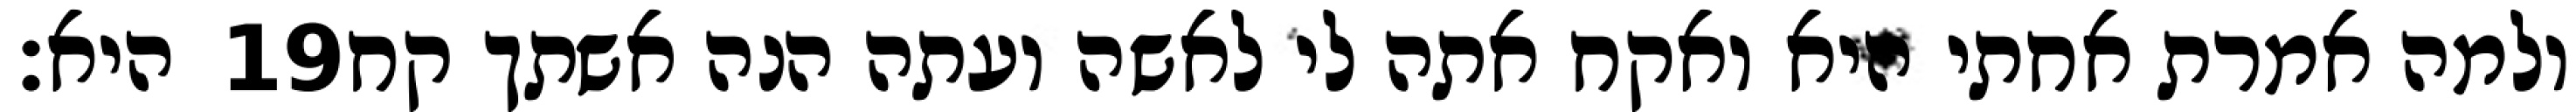
היא׃ ‎19‏ ולמה אמרת אחתי היא ואקח אתה לי לאשה ועתה הנה אשתך קח